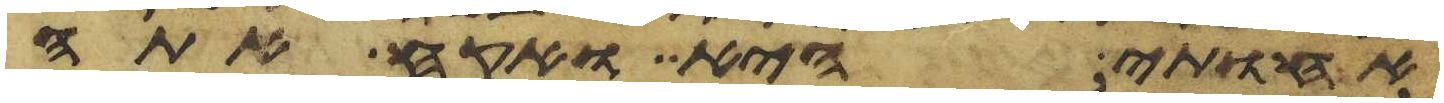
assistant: אחותי היא ואקח אתה